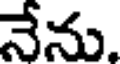
నేను.